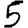
Digit: 5